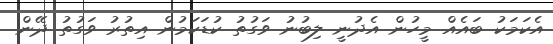
އެކަމަކު ބައެއް މީހުން އެދުނީ ލިބުނު ވަގުތު ކުޑަކަމުން އިތުރު ވަގުތު ދޭން